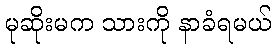
မုဆိုးမက သားကို နာခံရမယ်